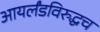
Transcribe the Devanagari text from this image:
आयर्लंडविरुद्धच